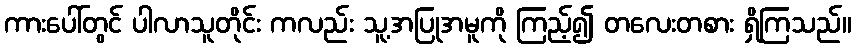
ကားပေါ်တွင် ပါလာသူတိုင်း ကလည်း သူ့အပြုအမူကို ကြည့်၍ တလေးတစား ရှိကြသည်။